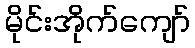
မိုင်းအိုက်ကျော်